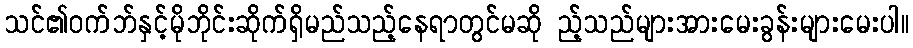
သင်၏ဝက်ဘ်နှင့်မိုဘိုင်းဆိုက်ရှိမည်သည့်နေရာတွင်မဆို ည့်သည်များအားမေးခွန်းများမေးပါ။